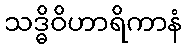
သဒ္ဓိဝိဟာရိကာနံ